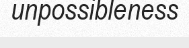
unpossibleness